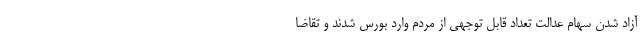
آزاد شدن سهام عدالت تعداد قابل توجهی از مردم وارد بورس شدند و تقاضا